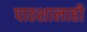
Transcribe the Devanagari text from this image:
पाठशालाही